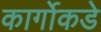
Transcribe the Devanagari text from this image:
कार्गोकडे